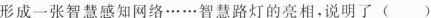
形成一张智慧感知网络……智慧路灯的亮相，说明了( )